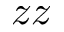
z z